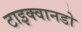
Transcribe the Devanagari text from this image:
टाइक्वानडो